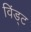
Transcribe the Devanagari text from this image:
विंड्ट